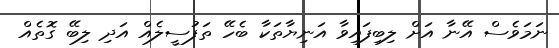
ނަމަވެސް އޭނާ އަށް ލިބިފައިވާ އަނިޔާތަކާ ބެހޭ ތަފުސީލެއް އަދި ލިބޭ ގޮތެއް